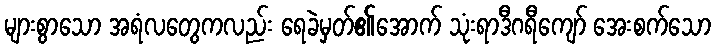
များစွာသော အရံလတွေကလည်း ရေခဲမှတ်၏အောက် သုံးရာဒီဂရီကျော် အေးစက်သော